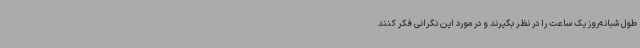
طول شبانه‌روز یک ساعت را در نظر بگیرند و در مورد این نگرانی فکر کنند